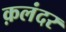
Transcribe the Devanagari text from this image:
क़लंदर